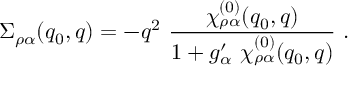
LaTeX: \Sigma _ { \rho \alpha } ( q _ { 0 } , q ) = - q ^ { 2 } \ \frac { \chi _ { \rho \alpha } ^ { ( 0 ) } ( q _ { 0 } , q ) } { 1 + g _ { \alpha } ^ { \prime } \ \chi _ { \rho \alpha } ^ { ( 0 ) } ( q _ { 0 } , q ) } \ .